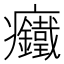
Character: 𱱳